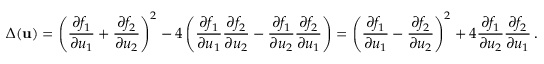
\Delta ( { \mathbf { u } } ) = \left( \frac { \partial f _ { 1 } } { \partial u _ { 1 } } + \frac { \partial f _ { 2 } } { \partial u _ { 2 } } \right) ^ { 2 } - 4 \left( \frac { \partial f _ { 1 } } { \partial u _ { 1 } } \frac { \partial f _ { 2 } } { \partial u _ { 2 } } - \frac { \partial f _ { 1 } } { \partial u _ { 2 } } \frac { \partial f _ { 2 } } { \partial u _ { 1 } } \right) = \left( \frac { \partial f _ { 1 } } { \partial u _ { 1 } } - \frac { \partial f _ { 2 } } { \partial u _ { 2 } } \right) ^ { 2 } + 4 \frac { \partial f _ { 1 } } { \partial u _ { 2 } } \frac { \partial f _ { 2 } } { \partial u _ { 1 } } \, .